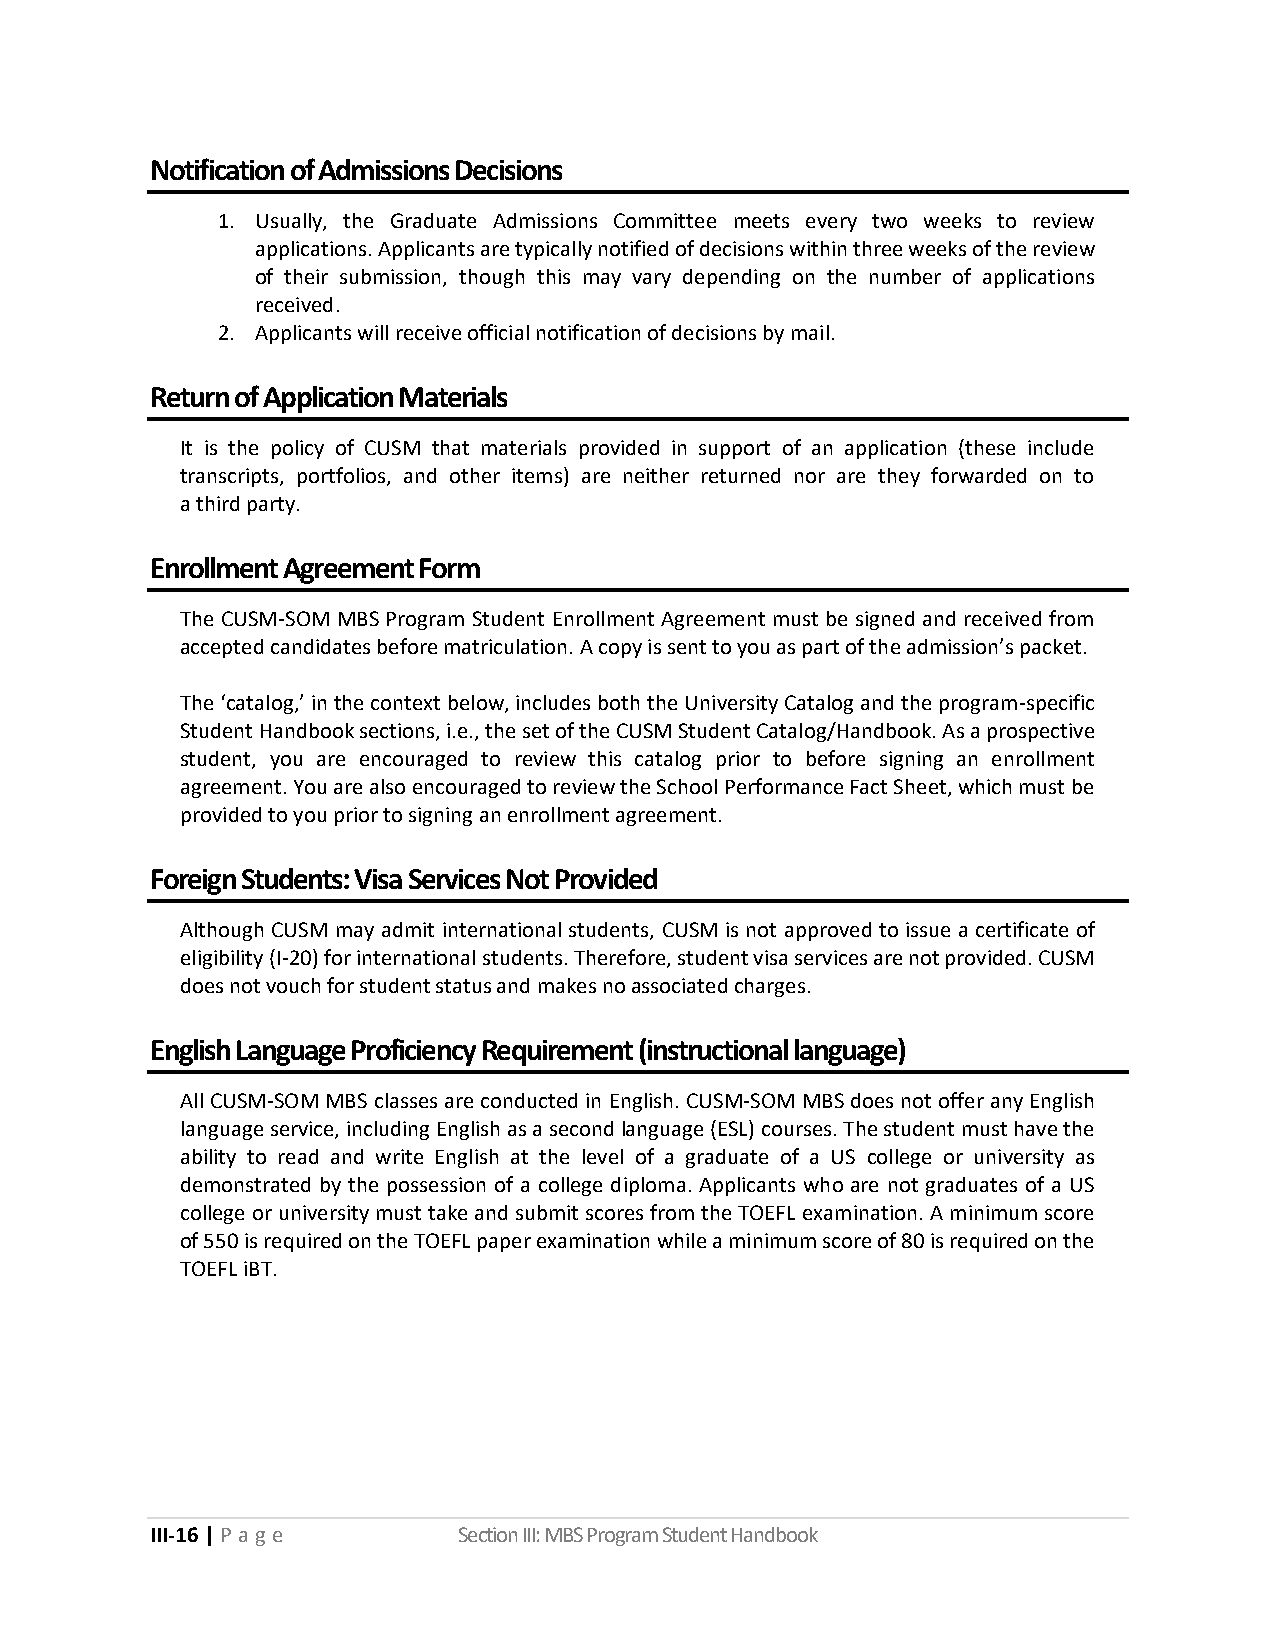
Notification of Admissions Decisions
 1. Usually, the Graduate Admissions Committee meets every two weeks to review
 applications. Applicants are typically notified of decisions within three weeks of the review
 of their submission, though this may vary depending on the number of applications
 received.
 2. Applicants will receive official notification of decisions by mail.
 Return of Application Materials
 It is the policy of CUSM that materials provided in support of an application (these include
 transcripts, portfolios, and other items) are neither returned nor are they forwarded on to
 a third party.
 Enrollment Agreement Form
 The CUSM-SOM MBS Program Student Enrollment Agreement must be signed and received from
 accepted candidates before matriculation. A copy is sent to you as part of the admission’s packet.
 The ‘catalog,’ in the context below, includes both the University Catalog and the program-specific
 Student Handbook sections, i.e., the set of the CUSM Student Catalog/Handbook. As a prospective
 student, you are encouraged to review this catalog prior to before signing an enrollment
 agreement. You are also encouraged to review the School Performance Fact Sheet, which must be
 provided to you prior to signing an enrollment agreement.
 Foreign Students: Visa Services Not Provided
 Although CUSM may admit international students, CUSM is not approved to issue a certificate of
 eligibility (I-20) for international students. Therefore, student visa services are not provided. CUSM
 does not vouch for student status and makes no associated charges.
 English Language Proficiency Requirement (instructional language)
 All CUSM-SOM MBS classes are conducted in English. CUSM-SOM MBS does not offer any English
 language service, including English as a second language (ESL) courses. The student must have the
 ability to read and write English at the level of a graduate of a US college or university as
 demonstrated by the possession of a college diploma. Applicants who are not graduates of a US
 college or university must take and submit scores from the TOEFL examination. A minimum score
 of 550 is required on the TOEFL paper examination while a minimum score of 80 is required on the
 TOEFL iBT.
 III-16 | P a ge     Section III: MBS Program Student Handbook